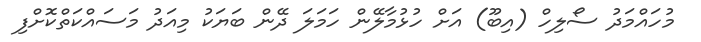
މުހައްމަދު ސޯލިހް (އިބޫ) އަށް ހުޅުމާލޭން ހަމަލަ ދޭން ބަޔަކު މިއަދު މަސައްކަތްކޮށްފި